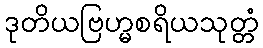
ဒုတိယဗြဟ္မစရိယသုတ္တံ